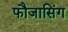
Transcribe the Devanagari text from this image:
फौजासिंग